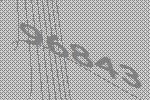
96843